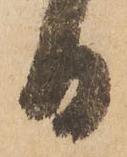
日